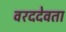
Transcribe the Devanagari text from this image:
वरददेवता